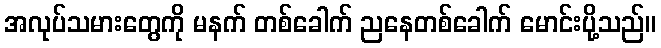
အလုပ်သမားတွေကို မနက် တစ်ခေါက် ညနေတစ်ခေါက် မောင်းပို့သည်။